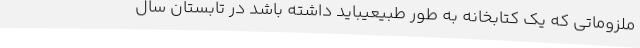
ملزوماتی که یک کتابخانه به طور طبیعیباید داشته باشد در تابستان سال